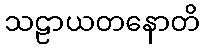
သဠာယတနောတိ